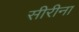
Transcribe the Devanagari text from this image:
सीरीना